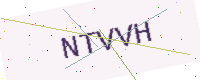
Text: NTVVH